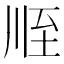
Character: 𦤸